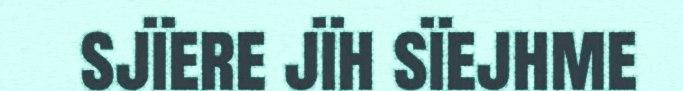
sjïere jïh sïejhme